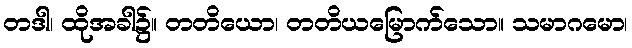
တဒါ၊ ထိုအခါ၌။ တတိယော၊ တတိယမြောက်သော။ သမာဂမော၊